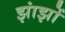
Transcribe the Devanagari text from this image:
झांझों